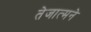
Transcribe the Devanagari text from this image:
तेजात्मने